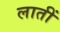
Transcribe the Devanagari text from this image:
लातीं